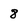
Character: 8